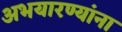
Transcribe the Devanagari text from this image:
अभयारण्यांना